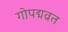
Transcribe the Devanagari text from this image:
गोपद्मव्रत